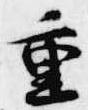
重